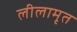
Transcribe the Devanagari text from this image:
लीलामृत